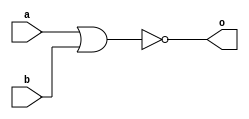
module array_nand_b(output reg [0:15]o,input [0:15]a,b);
always@(a,b)
begin
o=~(a|b);
end
endmodule